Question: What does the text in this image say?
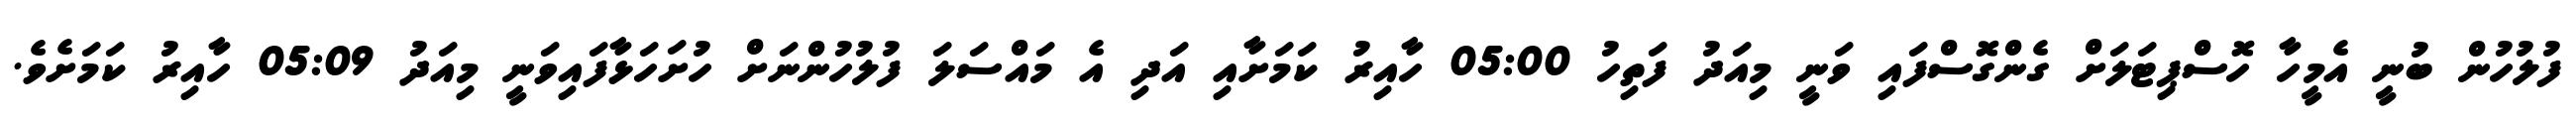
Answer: ފުލުހުން ބުނީ އެމީހާ ހޮސްޕިޓަލަށް ގެންގޮސްފައި ވަނީ މިއަދު ފަތިހު 05:00 ހާއިރު ކަމަށާއި އަދި އެ މައްސަލަ ފުލުހުންނަށް ހުށަހަޅާފައިވަނީ މިއަދު 05:09 ހާއިރު ކަމަށެވެ.